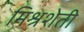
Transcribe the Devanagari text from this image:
मिश्रशेती